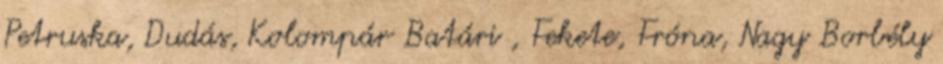
Petruska, Dudás, Kolompár Batári , Fekete, Fróna, Nagy Borbély